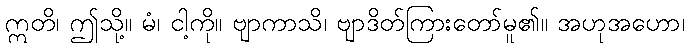
ဣတိ၊ ဤသို့။ မံ၊ ငါ့ကို။ ဗျာကာသိ၊ ဗျာဒိတ်ကြားတော်မူ၏။ အဟုအဟော၊